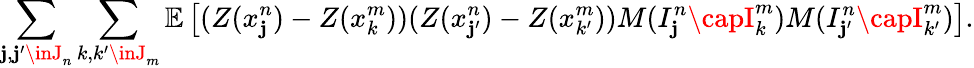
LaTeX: \sum_{\mathbf{j},\mathbf{j}^{\prime}\inJ_{n}}\sum_{k,k^{\prime}\inJ_{m}}\mathbb{{E}}\left[(Z(x_{\mathbf{j}}^{n})-Z(x_{k}^{m}))(Z(x_{\mathbf{j}^{\prime}}^{n})-Z(x_{k^{\prime}}^{m}))M(I_{\mathbf{j}}^{n}\capI_{k}^{m})M(I_{\mathbf{j}^{\prime}}^{n}\capI_{k^{\prime}}^{m})\right].